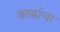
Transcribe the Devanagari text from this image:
श्राद्धांचा